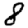
Digit: 8